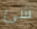
شئ